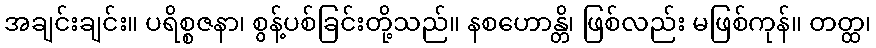
အချင်းချင်း။ ပရိစ္စဇနာ၊ စွန့်ပစ်ခြင်းတို့သည်။ နစဟောန္တိ၊ ဖြစ်လည်း မဖြစ်ကုန်။ တတ္ထ၊